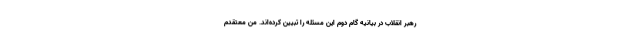
رهبر انقلاب در بیانیه گام دوم این مسئله را تبیین کرده‌اند. من معتقدم